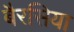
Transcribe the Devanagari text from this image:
बैरसिया